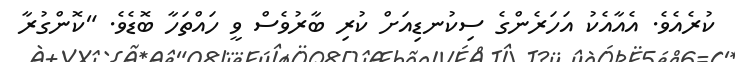
ކުރެއެވެ. އެއާއެކު އަހަރެންގެ ސިކުނޑިއަށް ކުރި ބާރުވެސް ވީ ހައްތަހާ ބޮޑެވެ. "ކޮންގުރާ